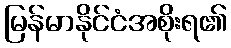
မြန်မာနိုင်ငံအစိုးရ၏